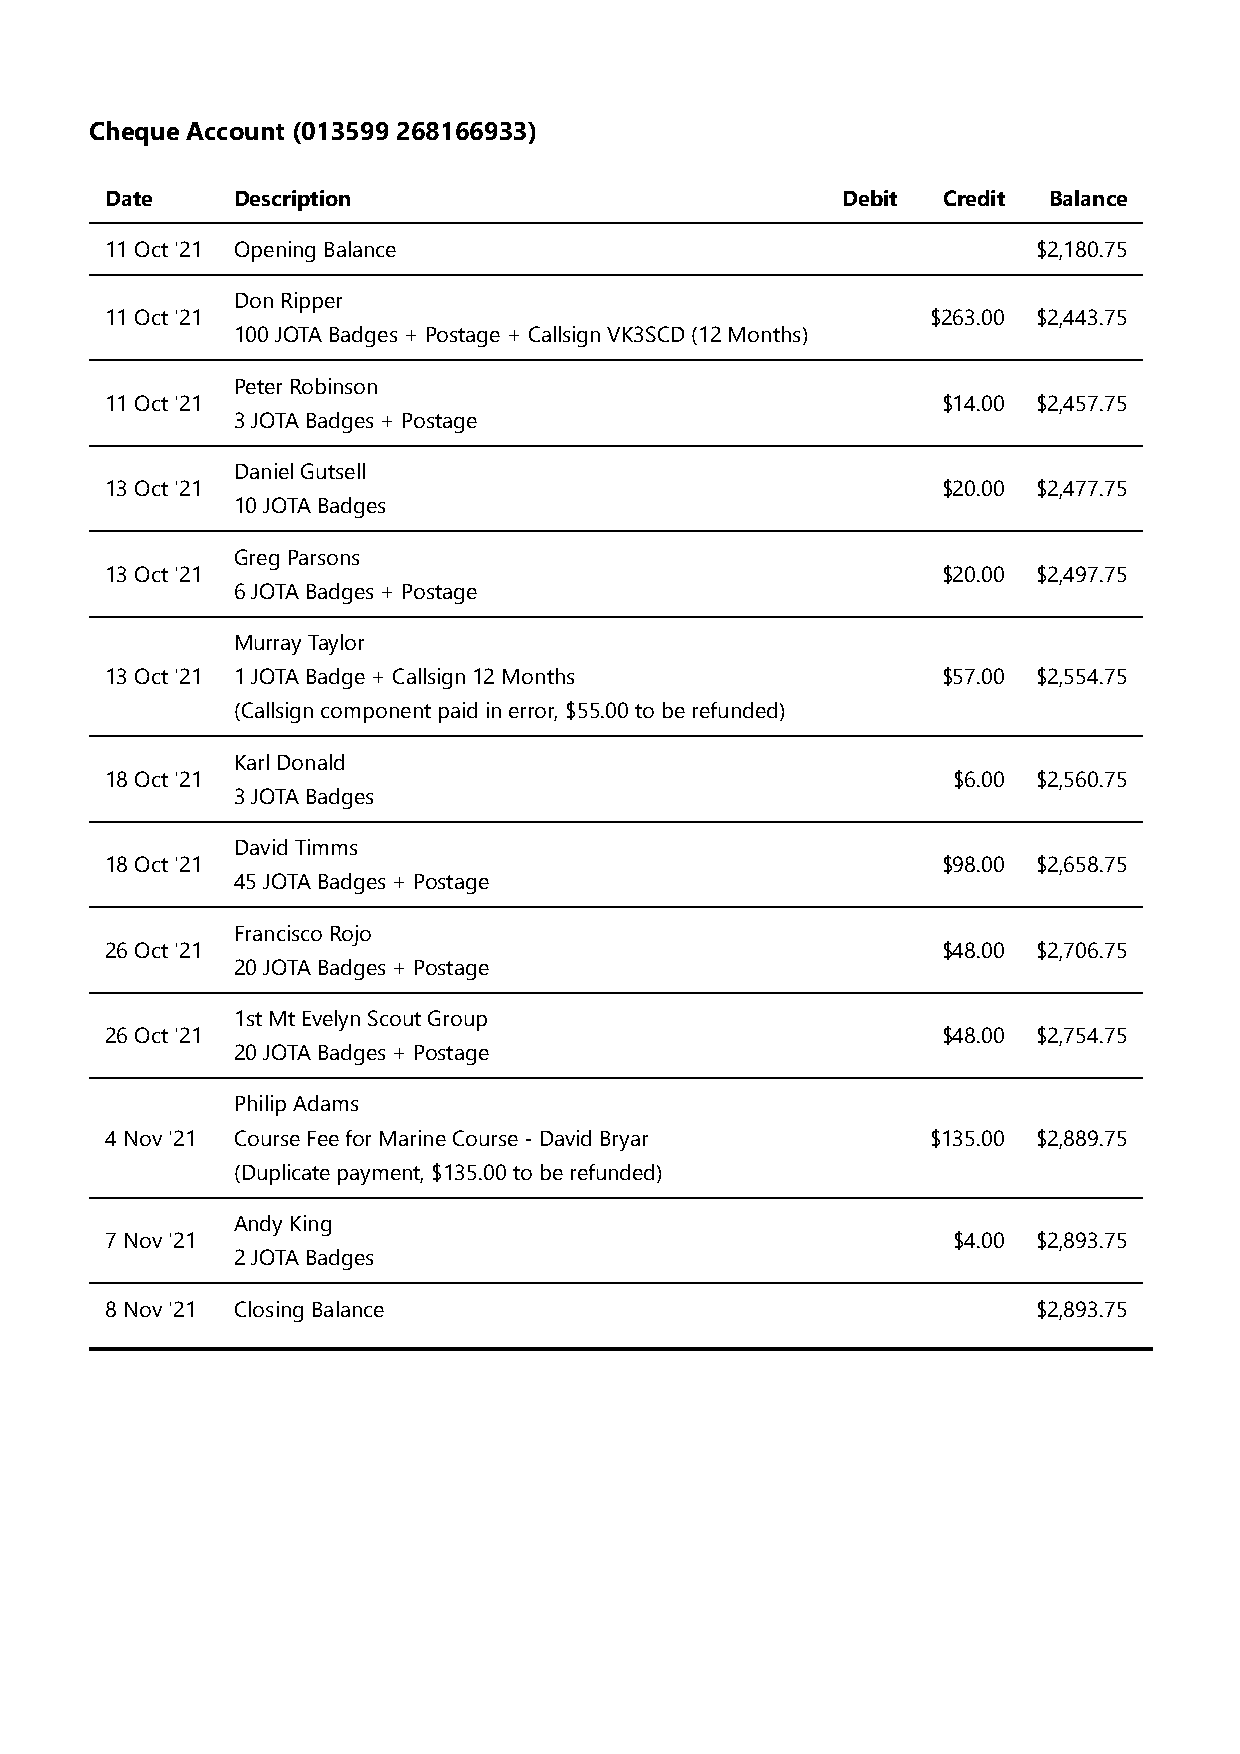
Cheque Account (013599 268166933)
 Date    Description                              Debit Credit Balance
 11 Oct '21 Opening Balance                                    $2,180.75
 Don Ripper
 11 Oct '21                                             $263.00 $2,443.75
 100 JOTA Badges + Postage + Callsign VK3SCD (12 Months)
 Peter Robinson
 11 Oct '21                                             $14.00 $2,457.75
 3 JOTA Badges + Postage
 Daniel Gutsell
 13 Oct '21                                             $20.00 $2,477.75
 10 JOTA Badges
 Greg Parsons
 13 Oct '21                                             $20.00 $2,497.75
 6 JOTA Badges + Postage
 Murray Taylor
 13 Oct '21 1 JOTA Badge + Callsign 12 Months           $57.00 $2,554.75
 (Callsign component paid in error, $55.00 to be refunded)
 Karl Donald
 18 Oct '21                                              $6.00 $2,560.75
 3 JOTA Badges
 David Timms
 18 Oct '21                                             $98.00 $2,658.75
 45 JOTA Badges + Postage
 Francisco Rojo
 26 Oct '21                                             $48.00 $2,706.75
 20 JOTA Badges + Postage
 1st Mt Evelyn Scout Group
 26 Oct '21                                             $48.00 $2,754.75
 20 JOTA Badges + Postage
 Philip Adams
 4 Nov '21 Course Fee for Marine Course - David Bryar   $135.00 $2,889.75
 (Duplicate payment, $135.00 to be refunded)
 Andy King
 7 Nov '21                                               $4.00 $2,893.75
 2 JOTA Badges
 8 Nov '21 Closing Balance                                     $2,893.75